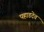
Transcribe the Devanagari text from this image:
पहाडदेव